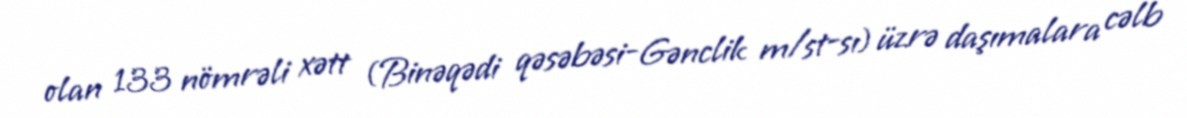
olan 133 nömrəli xətt (Binəqədi qəsəbəsi-Gənclik m/st-sı) üzrə daşımalara cəlb